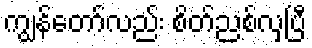
ကျွန်တော်လည်း စိတ်ညစ်လှပြီ